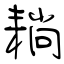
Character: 耥